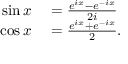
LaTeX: \begin{array} { r l } { \sin x } & { { } = { \frac { e ^ { i x } - e ^ { - i x } } { 2 i } } } \\ { \cos x } & { { } = { \frac { e ^ { i x } + e ^ { - i x } } { 2 } } . } \end{array}